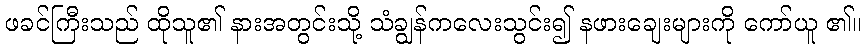
ဖခင်ကြီးသည် ထိုသူ၏ နားအတွင်းသို့ သံချွန်ကလေးသွင်း၍ နဖားချေးများကို ကော်ယူ ၏။